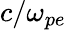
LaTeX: c/\omega_{pe}